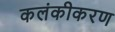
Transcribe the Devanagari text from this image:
कलंकीकरण